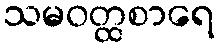
သမဝတ္ထစာရေ